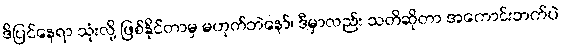
ဒိပြင်နေရာ သုံးလို့ ဖြစ်နိုင်တာမှ မဟုတ်ဘဲနော်၊ ဒီမှာလည်း သတိဆိုတာ အကောင်းဘက်ပဲ